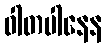
ဝါတပါနေန